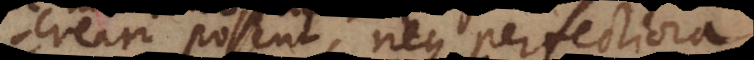
creari possent, neque perfectiora.